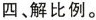
四、解比例。